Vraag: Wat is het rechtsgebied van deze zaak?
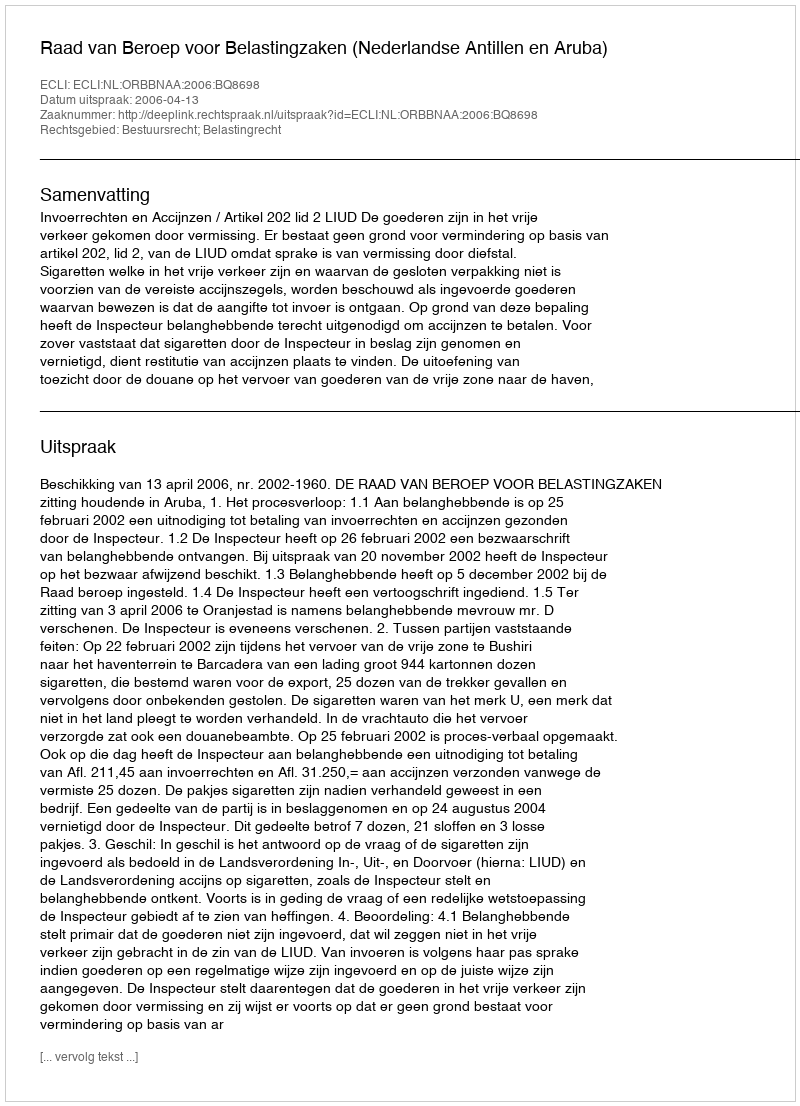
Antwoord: Bestuursrecht; Belastingrecht